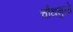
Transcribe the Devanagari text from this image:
चौथमुळे